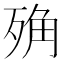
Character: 𣨍